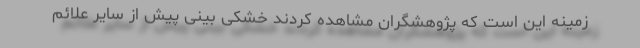
زمینه این است که پژوهشگران مشاهده کردند خشکی بینی پیش از سایر علائم